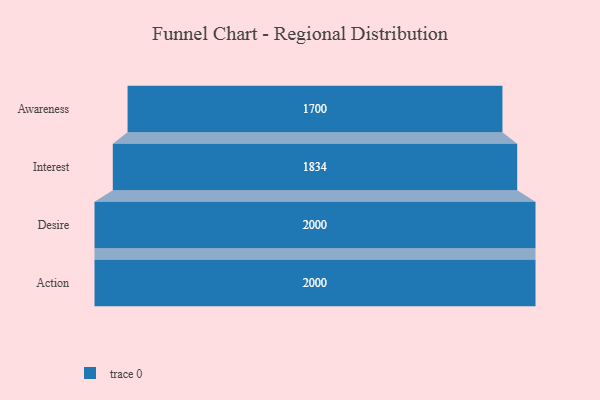
{"axis": {"x": "Stage", "y": "Value"}, "legend": [""], "data": [{"x": "Awareness", "y": 1700.0, "type": ""}, {"x": "Interest", "y": 1834.0, "type": ""}, {"x": "Desire", "y": 2000, "type": ""}, {"x": "Action", "y": 2000, "type": ""}]}